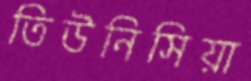
তিউনিসিয়া